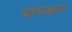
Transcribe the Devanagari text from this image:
दत्ताक्षरा